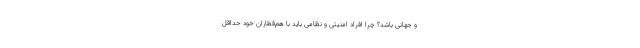
و جهانی باشد؟ چرا افراد امنیتی و نظامی باید با هم‌­قطاران خود حداقل